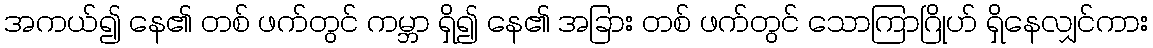
အကယ်၍ နေ၏ တစ် ဖက်တွင် ကမ္ဘာ ရှိ၍ နေ၏ အခြား တစ် ဖက်တွင် သောကြာဂြိုဟ် ရှိနေလျှင်ကား